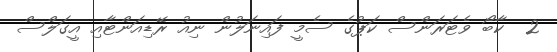
2  ކާބޯ ވެޓަރަންސް ކަޕުގެ ސެމީ ފައިނަލުން ނިއު ރޭޑިއަންޓާއި އީގަލްސް